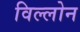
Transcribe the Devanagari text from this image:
विल्लोन